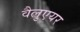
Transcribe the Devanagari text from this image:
वैलुएयर